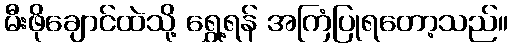
မီးဖိုချောင်ထဲသို့ ရွှေ့ရန် အကြံပြုရတော့သည်။